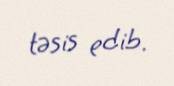
təsis edib.